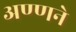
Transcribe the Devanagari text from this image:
अण्णने